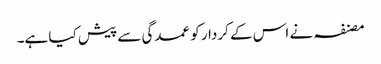
مصنفہ نے اس کے کردار کو عمدگی سے پیش کیا ہے۔